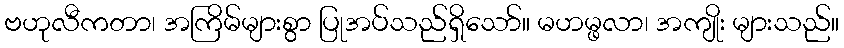
ဗဟုလီကတာ၊ အကြိမ်များစွာ ပြုအပ်သည်ရှိသော်။ မဟမ္ဖလာ၊ အကျိုး များသည်။